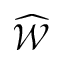
\widehat { \mathcal W }